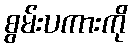
စွမ်းပကားကို